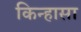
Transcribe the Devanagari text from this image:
किन्हासा